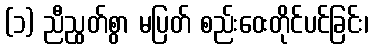
(၁) ညီညွတ်စွာ မပြတ် စည်းဝေးတိုင်ပင်ခြင်း၊